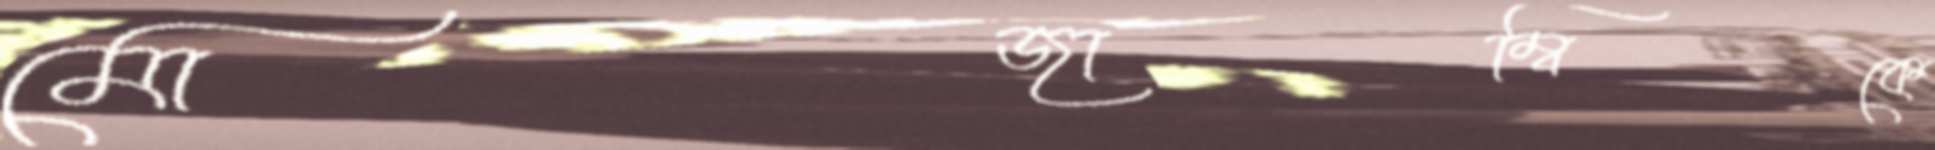
মোজাম্বিকে